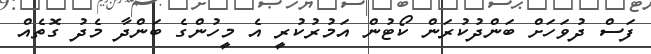
ފަސް ދުވަހަށް ބަންދުކުރަން ކޯޓުން އަމުރުކުރީ އެ މީހުންގެ ބަންދާ މެދު ގޮތެއް